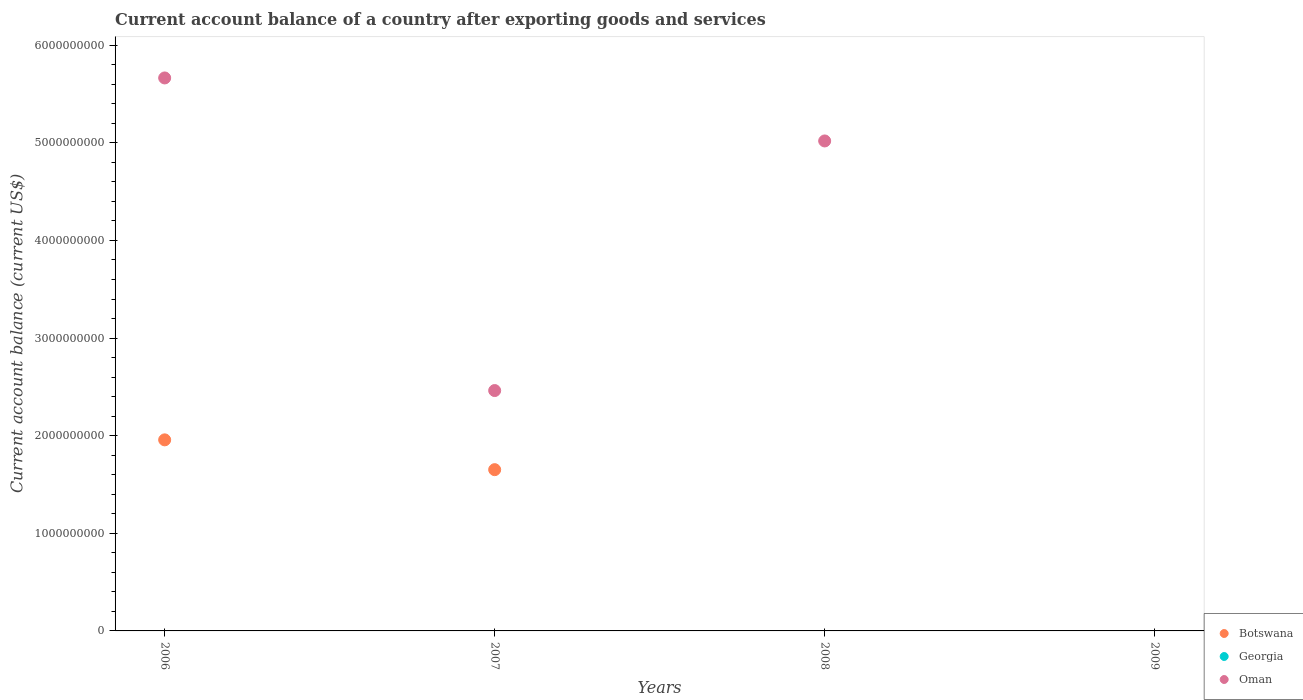
| Years | Botswana | Georgia | Oman |
 | --- | --- | --- | --- |
 | 2006 | 1.96e+09 | -1.19e+09 | 5.66e+09 |
 | 2007 | 1.65e+09 | -1.99e+09 | 2.46e+09 |
 | 2008 | -1.2e+08 | -2.81e+09 | 5.02e+09 |
 | 2009 | -1.14e+09 | -1.14e+09 | -5.01e+08 |